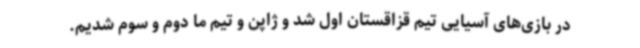
در بازی‌های آسیایی تیم قزاقستان اول شد و ژاپن و تیم ما دوم و سوم شدیم.